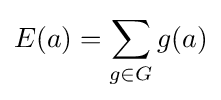
E(a)=\sum _{g\in G}g(a)